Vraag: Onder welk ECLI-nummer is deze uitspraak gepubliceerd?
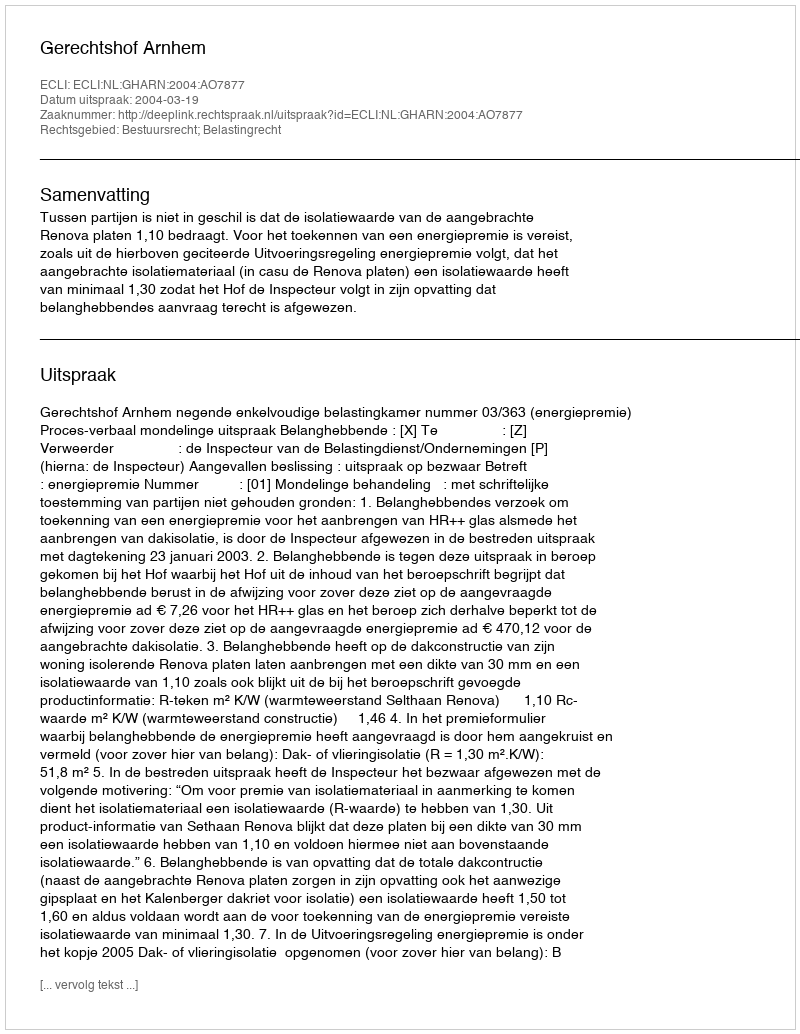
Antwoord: ECLI:NL:GHARN:2004:AO7877